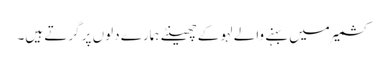
کشمیر میں بہنے والے لہو کے چھینٹے ہمارے دلوں پر گرتے ہیں۔